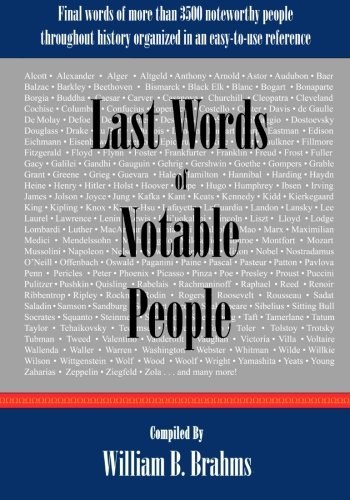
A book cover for Last Words of Notable People: Final Words of More than 3500 Noteworthy People Throughout History; Reference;